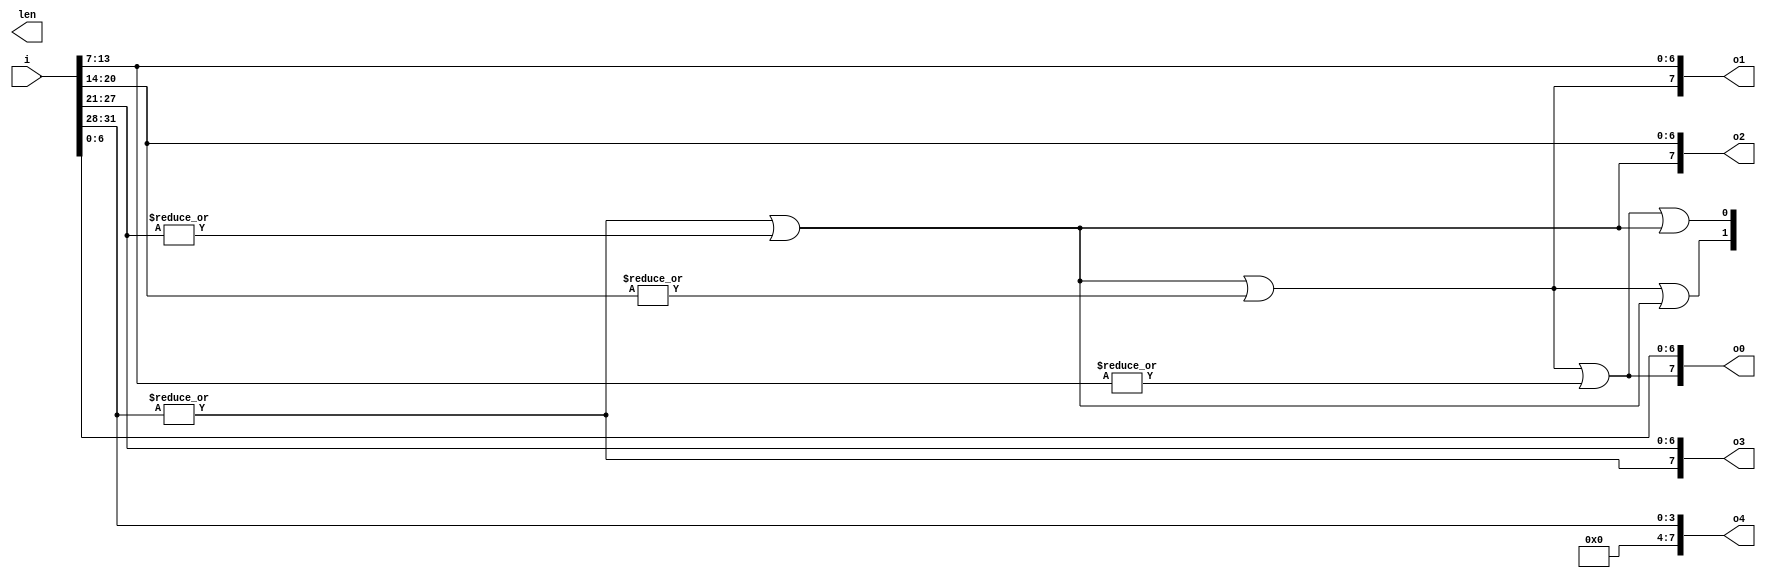
module pack_u32 (
  input [31:0] i,
  output reg [7:0] o0, o1, o2, o3, o4,
  output reg [2:0] len
);

reg [6:0] c0, c1, c2, c3, c4;
reg [4:0] co;
reg [4:0] gl;

// i = $.wire()
always @* begin
  // c = i.chop(7) // chunks
  {c4, c3, c2, c1, c0} = i;
  // co = c.reduce.or() // flags
  co[0] = (|c0);
  co[1] = (|c1);
  co[2] = (|c2);
  co[3] = (|c3);
  co[4] = (|c4);
  // gl = co.expand() // glue bits
  gl[0] = co[4] | co[3] | co[2] | co[1];
  gl[1] = co[4] | co[3] | co[2];
  gl[2] = co[4] | co[3];
  gl[3] = co[4];
  gl[4] = 1'b0;
  // len = gl.decode()
  len[0] = gl[0] | gl[2] | gl[4];
  len[1] = gl[1] | gl[2];
  len[2] = gl[4] | gl[5];
  // o = gl.right(c)
  o0 = {gl[0], c0};
  o1 = {gl[1], c1};
  o2 = {gl[2], c2};
  o3 = {gl[3], c3};
  o4 = {gl[4], c4};
end

endmodule